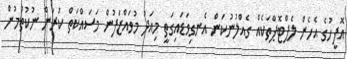
އޮފީހުގެ އެހެން ލެޕްޓޮޕްތަކެއް ގެއްލުނުކަން އެނގިވަޑައިގަތީ މިއަދު މުވައްޒަފުން މަސައްކަތް ކުރަން ނުކުތުމުން